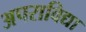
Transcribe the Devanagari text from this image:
अपराविद्या